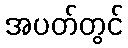
အပတ်တွင်